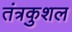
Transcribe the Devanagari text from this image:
तंत्रकुशल